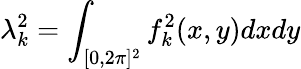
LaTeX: \lambda_{k}^{2}=\int_{[0,2\pi]^{2}}f_{k}^{2}(x,y)dxdy